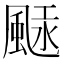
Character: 𩗢